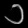
Digit: ၁